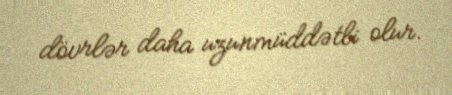
dövrlər daha uzunmüddətli olur.